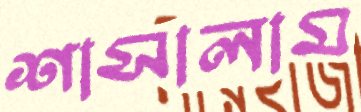
শাসালাম